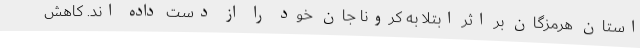
استان هرمزگان بر اثر ابتلا به کرونا جان خود را از دست داده اند. کاهش